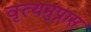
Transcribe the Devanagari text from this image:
वृत्यनुप्रास